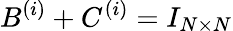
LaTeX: B^{(i)}+C^{(i)}=I_{N\times N}